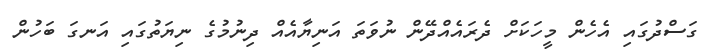
ގަސްދުގައި އެހެން މީހަކަށް ދެރައެއްދޭން ނުވަތަ އަނިޔާއެއް ދިނުމުގެ ނިޔަތުގައި އަނގަ ބަހުން